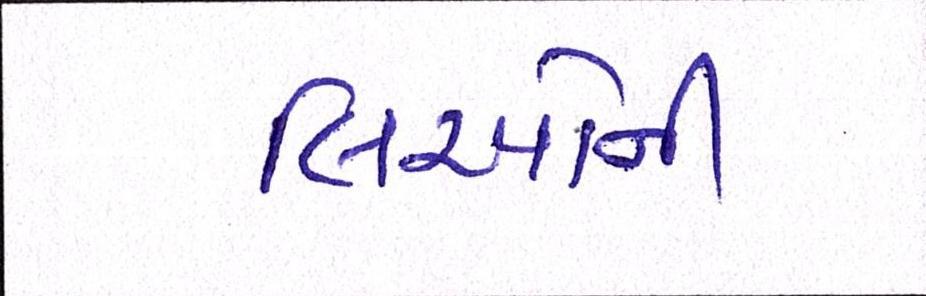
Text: લિઓની